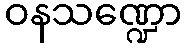
ဝနသဏ္ဍော